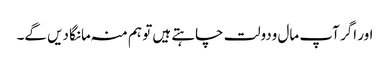
اور اگر آپ مال ودولت چاہتے ہیں تو ہم منہ مانگا دیں گے۔